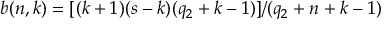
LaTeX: b ( n , k ) = [ ( k + 1 ) ( s - k ) ( q _ { 2 } + k - 1 ) ] / ( q _ { 2 } + n + k - 1 )